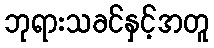
ဘုရားသခင်နှင့်အတူ